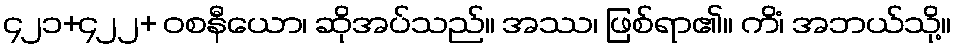
၄၂၁+၄၂၂+ ဝစနီယော၊ ဆိုအပ်သည်။ အဿ၊ ဖြစ်ရာ၏။ ကိံ၊ အဘယ်သို့။